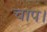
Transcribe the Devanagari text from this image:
चाप।